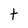
Character: t